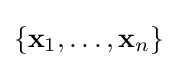
{\textstyle \left\{\mathbf {x} _{1},\ldots ,\mathbf {x} _{n}\right\}}